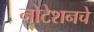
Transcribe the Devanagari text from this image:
नोटेशनचे